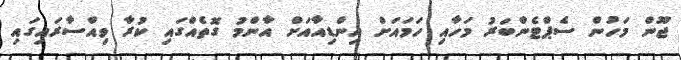
ޖޫން މަހުން ސެޕްޓެންބަރު މަހާއި ހަމައަށް އިންޑިއާއަށް އާންމު ގޮތެއްގައި ކުރާ ވިއްސާރައިގައި